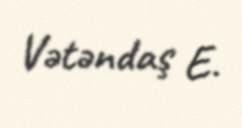
Vətəndaş E.